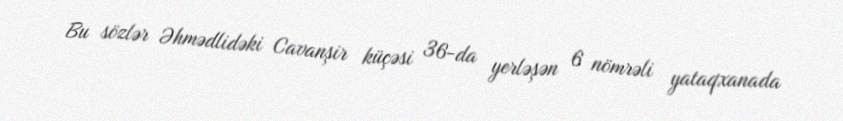
Bu sözlər Əhmədlidəki Cavanşir küçəsi 36-da yerləşən 6 nömrəli yataqxanada